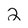
Character: 2